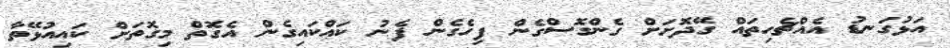
އަޅުގަނޑު އެއްޗެހިތައް ގޭދޮށަށް ގެންގޮސްގެން ފިހެގެން ފެނު ކައްކައިގެން އެގޮތް މިގޮތަށް ކައިއުޅޭތާ